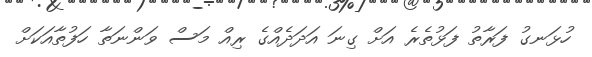
ހުޅަނގު ފަރާތު ފަޅުތެރެ އަށް ގިނަ އަދަދެއްގެ ރިއް މަސް ވަންނަތާ ހަފުތާއަކަށް